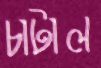
চাটাল